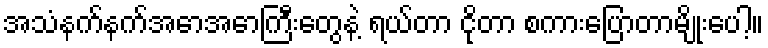
အသံနက်နက်အောအောကြီးတွေနဲ့ ရယ်တာ ငိုတာ စကားပြောတာမျိုးပေါ့။